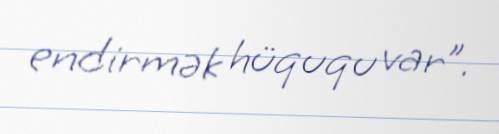
endirmək hüququ var”.